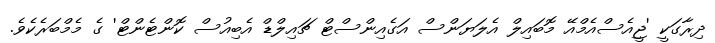
ދިރާގަކީ 'ޖީއެސްއެމްއޭ މޮބައިލް އެލަޔަންސް އަގެއިންސްޓް ޗައިލްޑް އެބިއުސް ކޮންޓެންޓް' ގެ މެމްބަރެކެވެ.